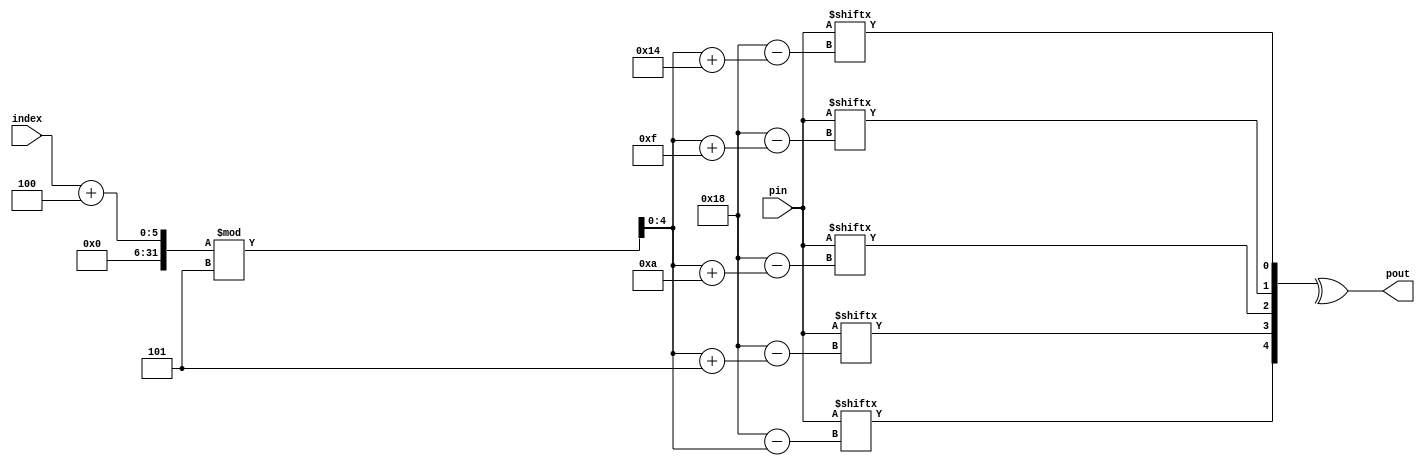
module col_parity_curr_depth (pin, index, pout);
    
    parameter N = 25;
    input [N-1:0] pin;
    input [4 : 0] index;
    output pout;

    wire [4 : 0] last_col_index;
    wire [4 : 0] last_col;
    wire b1, b2, b3, b4, b5; 
    
    assign last_col_index = (index + 4) % 5;
    
    assign b1 = pin[24 - last_col_index];
    assign b2 = pin[24 - (last_col_index + 5)];
    assign b3 = pin[24 - (last_col_index + 10)];
    assign b4 = pin[24 - (last_col_index + 15)];
    assign b5 = pin[24 - (last_col_index + 20)];
    
    assign last_col = {b1, b2, b3, b4, b5};
    
    assign pout = ^last_col;

endmodule